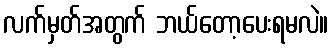
လက်မှတ်အတွက် ဘယ်တော့ပေးရမလဲ။